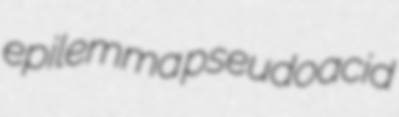
epilemma pseudoacid